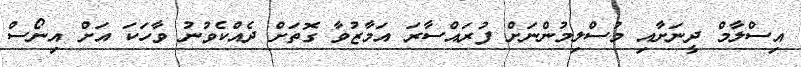
އިސްލާމް ދީނަށާއި މުސްލިމުންނަށް ފުރައްސާރަ އަމާޒުވާ ގޮތަށް ދެއްކެވުނު ވާހަކަ އަށް އިނޯސް